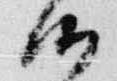
候